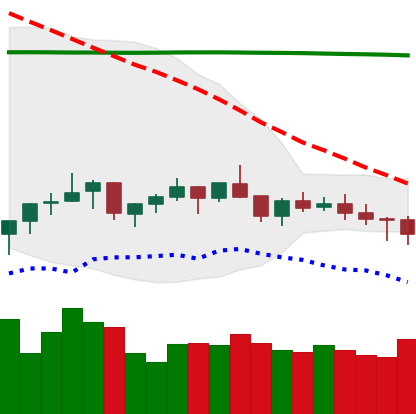
Ticker: XMR-USD
Chart end date: 2021-07-15
Forward return: -6.678%
Label: down_5_7